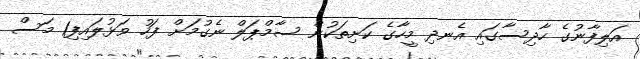
އަލިފާނުގެ ހާދިސާގައި އެނދި މީހާގެ ކަށިތަކުން ސާމްޕަލް ނެގުމަށް ފަހު ވަޅުލައިފި1 މަސް